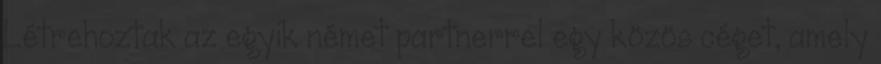
Létrehoztak az egyik német partnerrel egy közös céget, amely